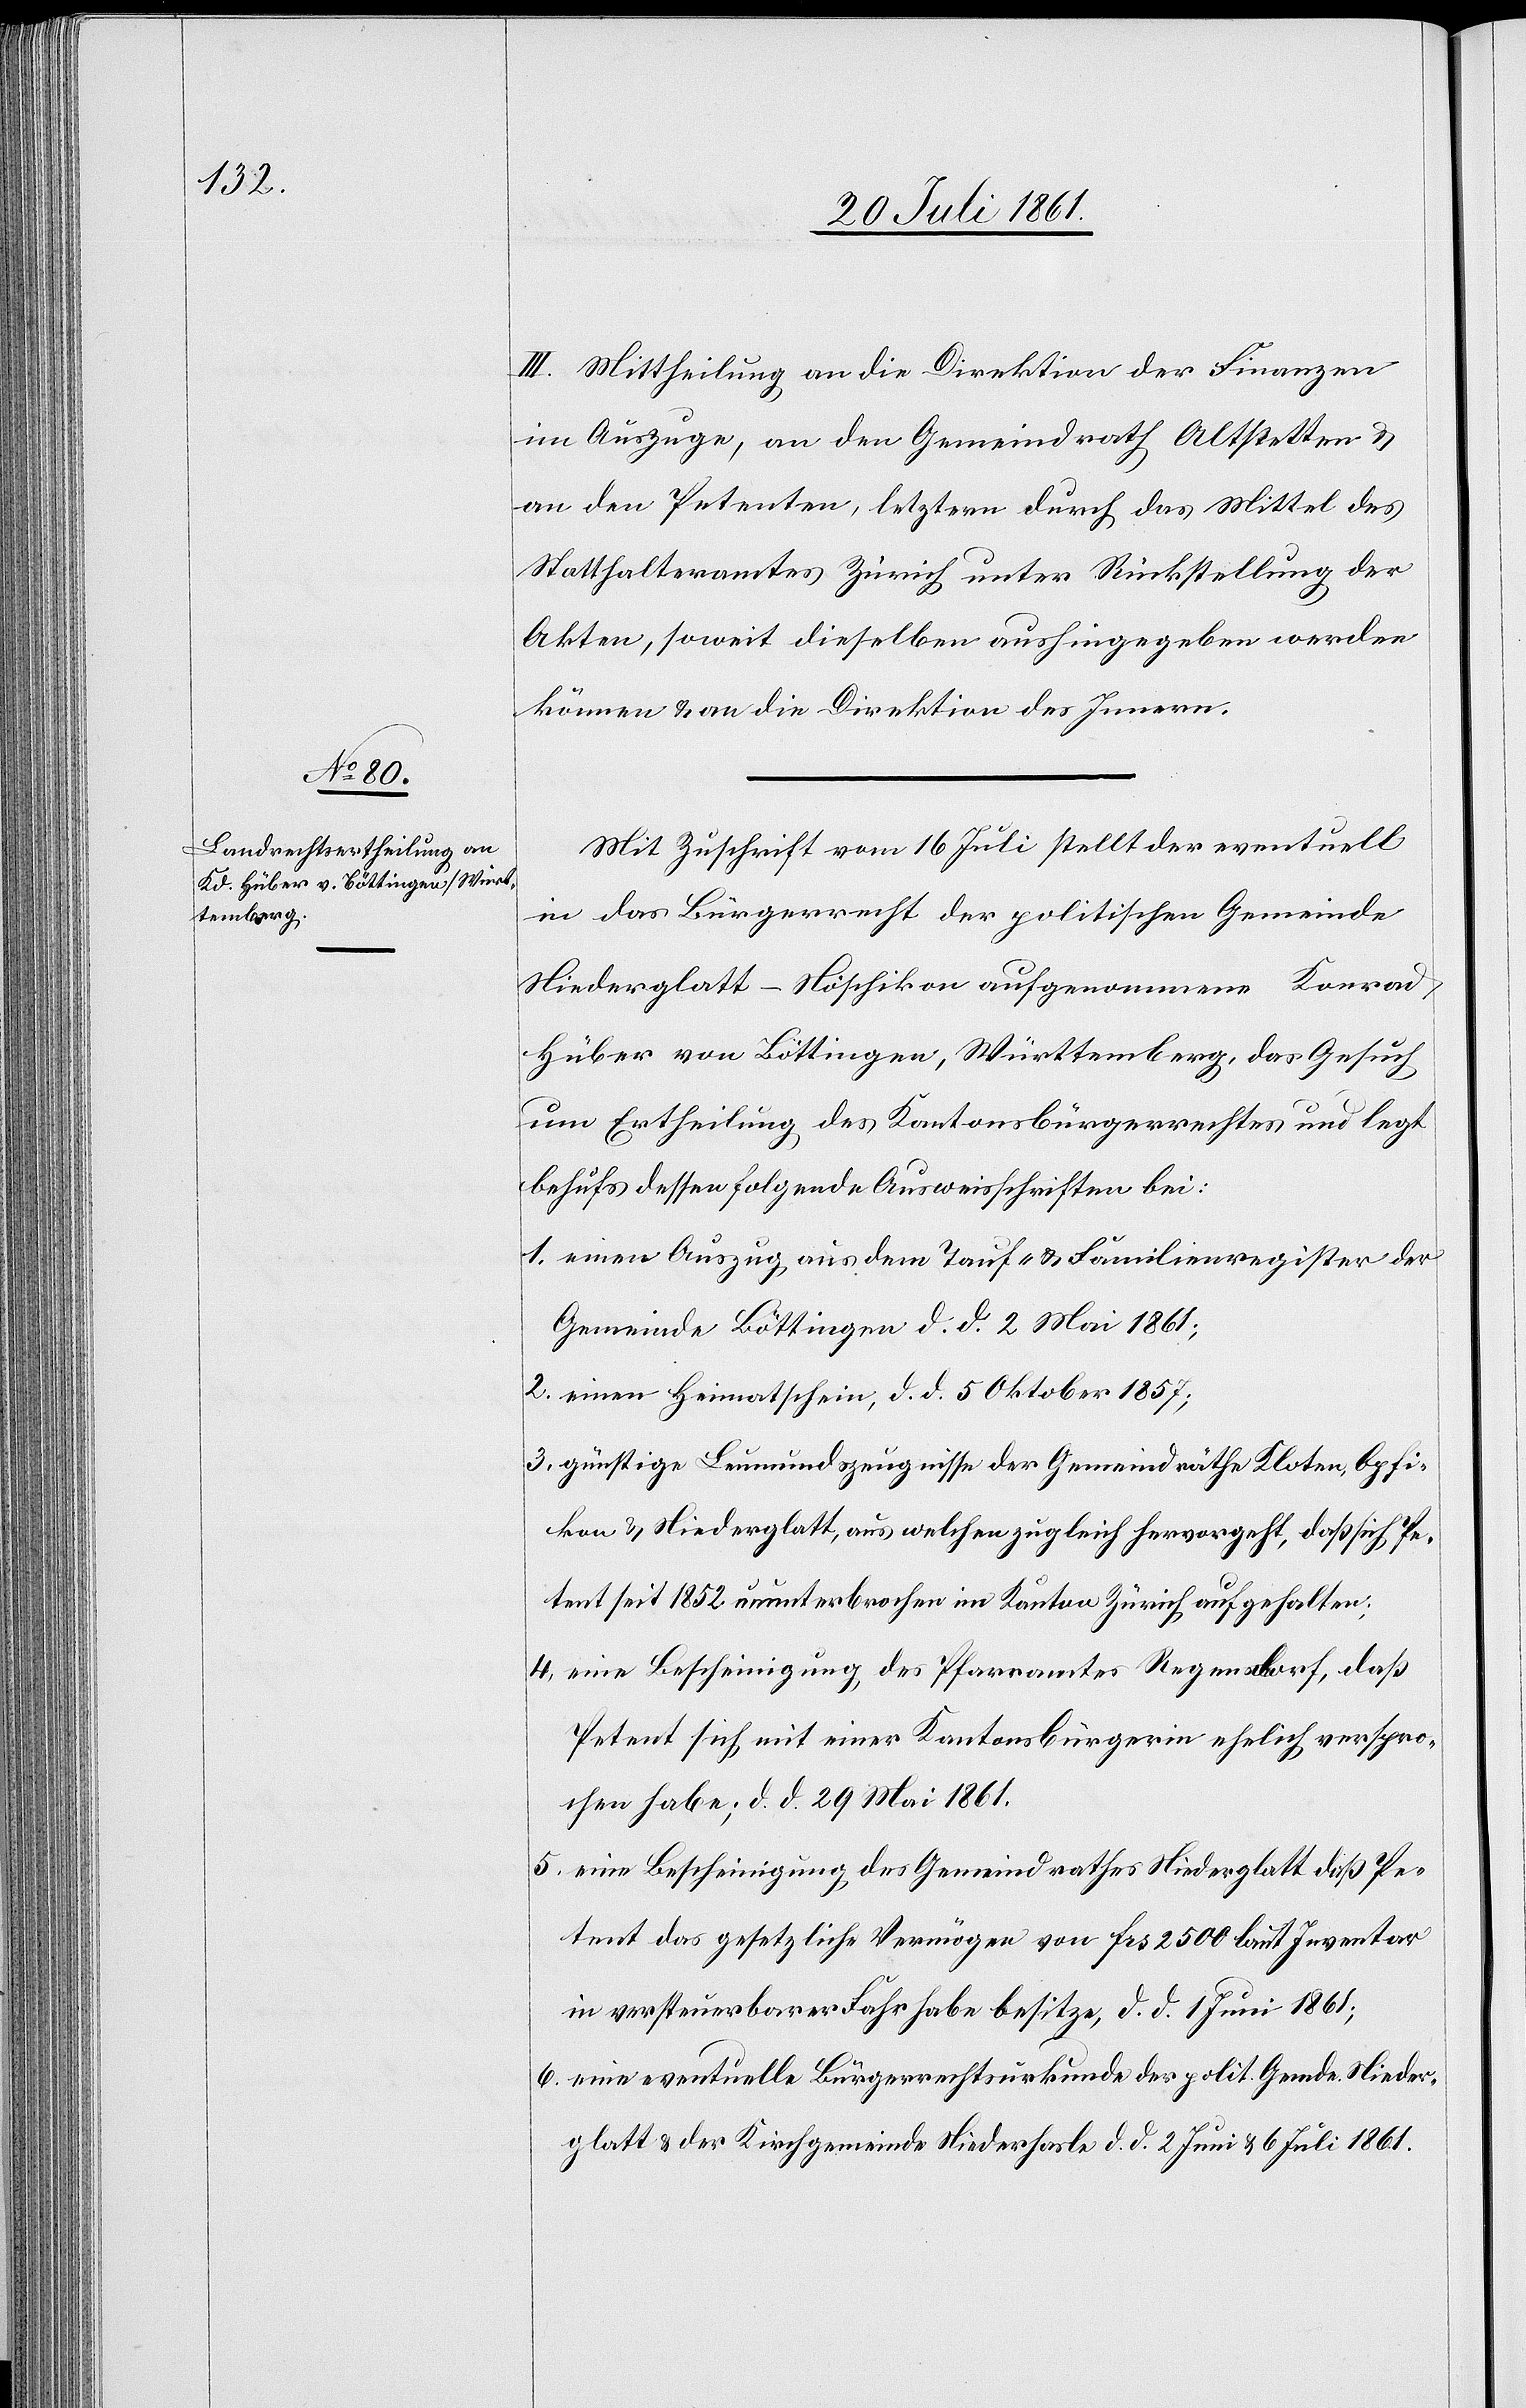
III. Mittheilung an die Direktion der Finanzen
im Auszuge, an den Gemeindrath Altstetten u.
an den Petenten, letztern durch das Mittel des
Statthalteramtes Zürich unter Rückstellung der
Akten, soweit dieselben aushingegeben werden
können u. an die Direktion des Innern.
Mit Zuschrift vom 16 Juli stellt der eventuell
in das Bürgerrecht der politischen Gemeinde
Niederglatt-Nöschikon aufgenommene Konrad
Hüber von Böttingen, Württemberg, das Gesuch
um Ertheilung des Kantonsbürgerrechtes und legt
behufs dessen folgende Ausweisschriften bei:
1. einen Auszug aus dem Tauf- u. Familienregister der
Gemeinde Böttingen d. d. 2 Mai 1861;
2. einen Heimatschein, d. d. 5 Oktober 1857;
3. günstige Leumundszeugnisse der Gemeindräthe Kloten, Opfi¬
kon u. Niederglatt, aus welchen zugleich hervorgeht, daß sich Pe¬
tent seit 1852 ununterbrochen im Kanton Zürich aufgehalten;
4. eine Bescheinigung des Pfarramtes Regensdorf, daß
Petent sich mit einer Kantonsbürgerin ehelich verspro¬
chen habe; d. d. 29 Mai 1861.
5. eine Bescheinigung des Gemeindrathes Niederglatt daß Pe¬
tent das gesetzliche Vermögen von Frs 2500 laut Inventar
in versteuerbarer Fahrhabe besitze, d. d. 1 Juni 1861;
6. eine eventuelle Bürgerrechtsurkunde der polit. Gemde. Nieder¬
glatt u. der Kirchgemeinde Niederhasle d. d. 2 Juni u. 6 Juli 1861.